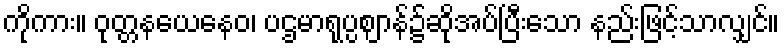
ကိုကား။ ဝုတ္တနယေနေဝ၊ ပဌမာရုပ္ပဈာန်၌ဆိုအပ်ပြီးသော နည်းဖြင့်သာလျှင်။